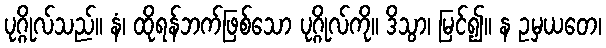
ပုဂ္ဂိုလ်သည်။ နံ၊ ထိုရန်ဘက်ဖြစ်သော ပုဂ္ဂိုလ်ကို။ ဒိသွာ၊ မြင်၍။ န ဥမှယတေ၊